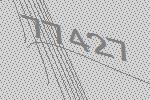
77427